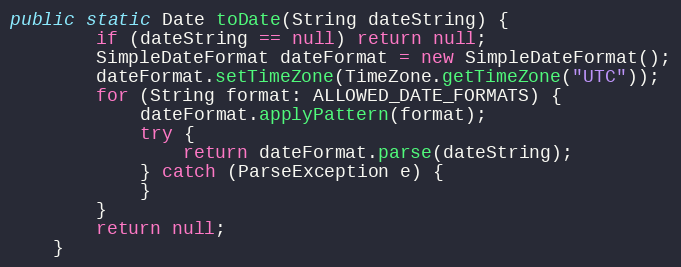
Language: Java
public static Date toDate(String dateString) {
        if (dateString == null) return null;
        SimpleDateFormat dateFormat = new SimpleDateFormat();
        dateFormat.setTimeZone(TimeZone.getTimeZone("UTC"));
        for (String format: ALLOWED_DATE_FORMATS) {
            dateFormat.applyPattern(format);
            try {
                return dateFormat.parse(dateString);
            } catch (ParseException e) {
            }
        }
        return null;
    }